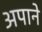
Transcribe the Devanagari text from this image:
अपाने